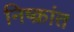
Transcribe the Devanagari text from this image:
निष्क्रांत